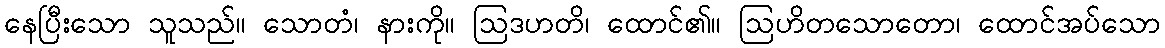
နေပြီးသော သူသည်။ သောတံ၊ နားကို။ ဩဒဟတိ၊ ထောင်၏။ ဩဟိတသောတော၊ ထောင်အပ်သော